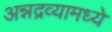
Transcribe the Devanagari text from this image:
अन्नद्रव्यामध्ये